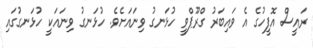
ރައީސް އޮފީހުގެ އެ ވައިބަރު ގްރޫޕްވީ ހުޅަނގު ވިނައަށެވެ. ހުުޅަނގު ވިނައަކީ ހުޅަނގުގައި